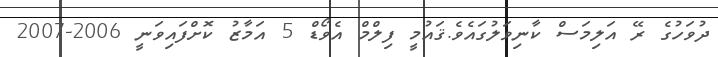
ދުވަހުގެ ރޭ އަލިމަސް ކާނިވަލުގައެވެ.ޤައުމީ ފިލްމް އެވޯޑް 5 އަމާޒު ކޮށްފައިވަނީ 2006-2007